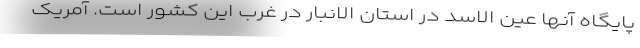
پایگاه آنها عین الاسد در استان الانبار در غرب این کشور است. آمریک